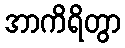
အာကိရိတွာ